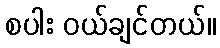
စပါး ဝယ်ချင်တယ်။